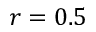
r = 0 . 5